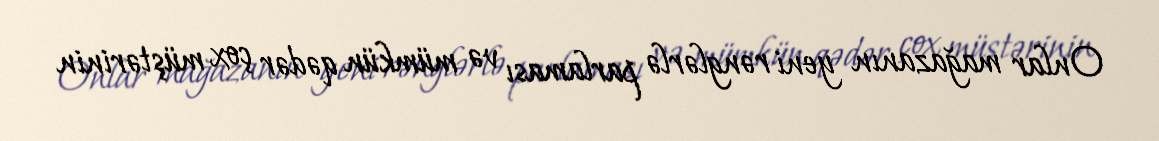
Onlar mağazanın yeni rənglərlə parlaması və mümkün qədər çox müştərinin